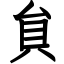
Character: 貟